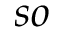
s o